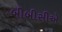
બીબીસીએ